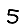
Digit: 5